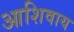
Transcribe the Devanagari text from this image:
आशिवाय